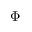
\Phi